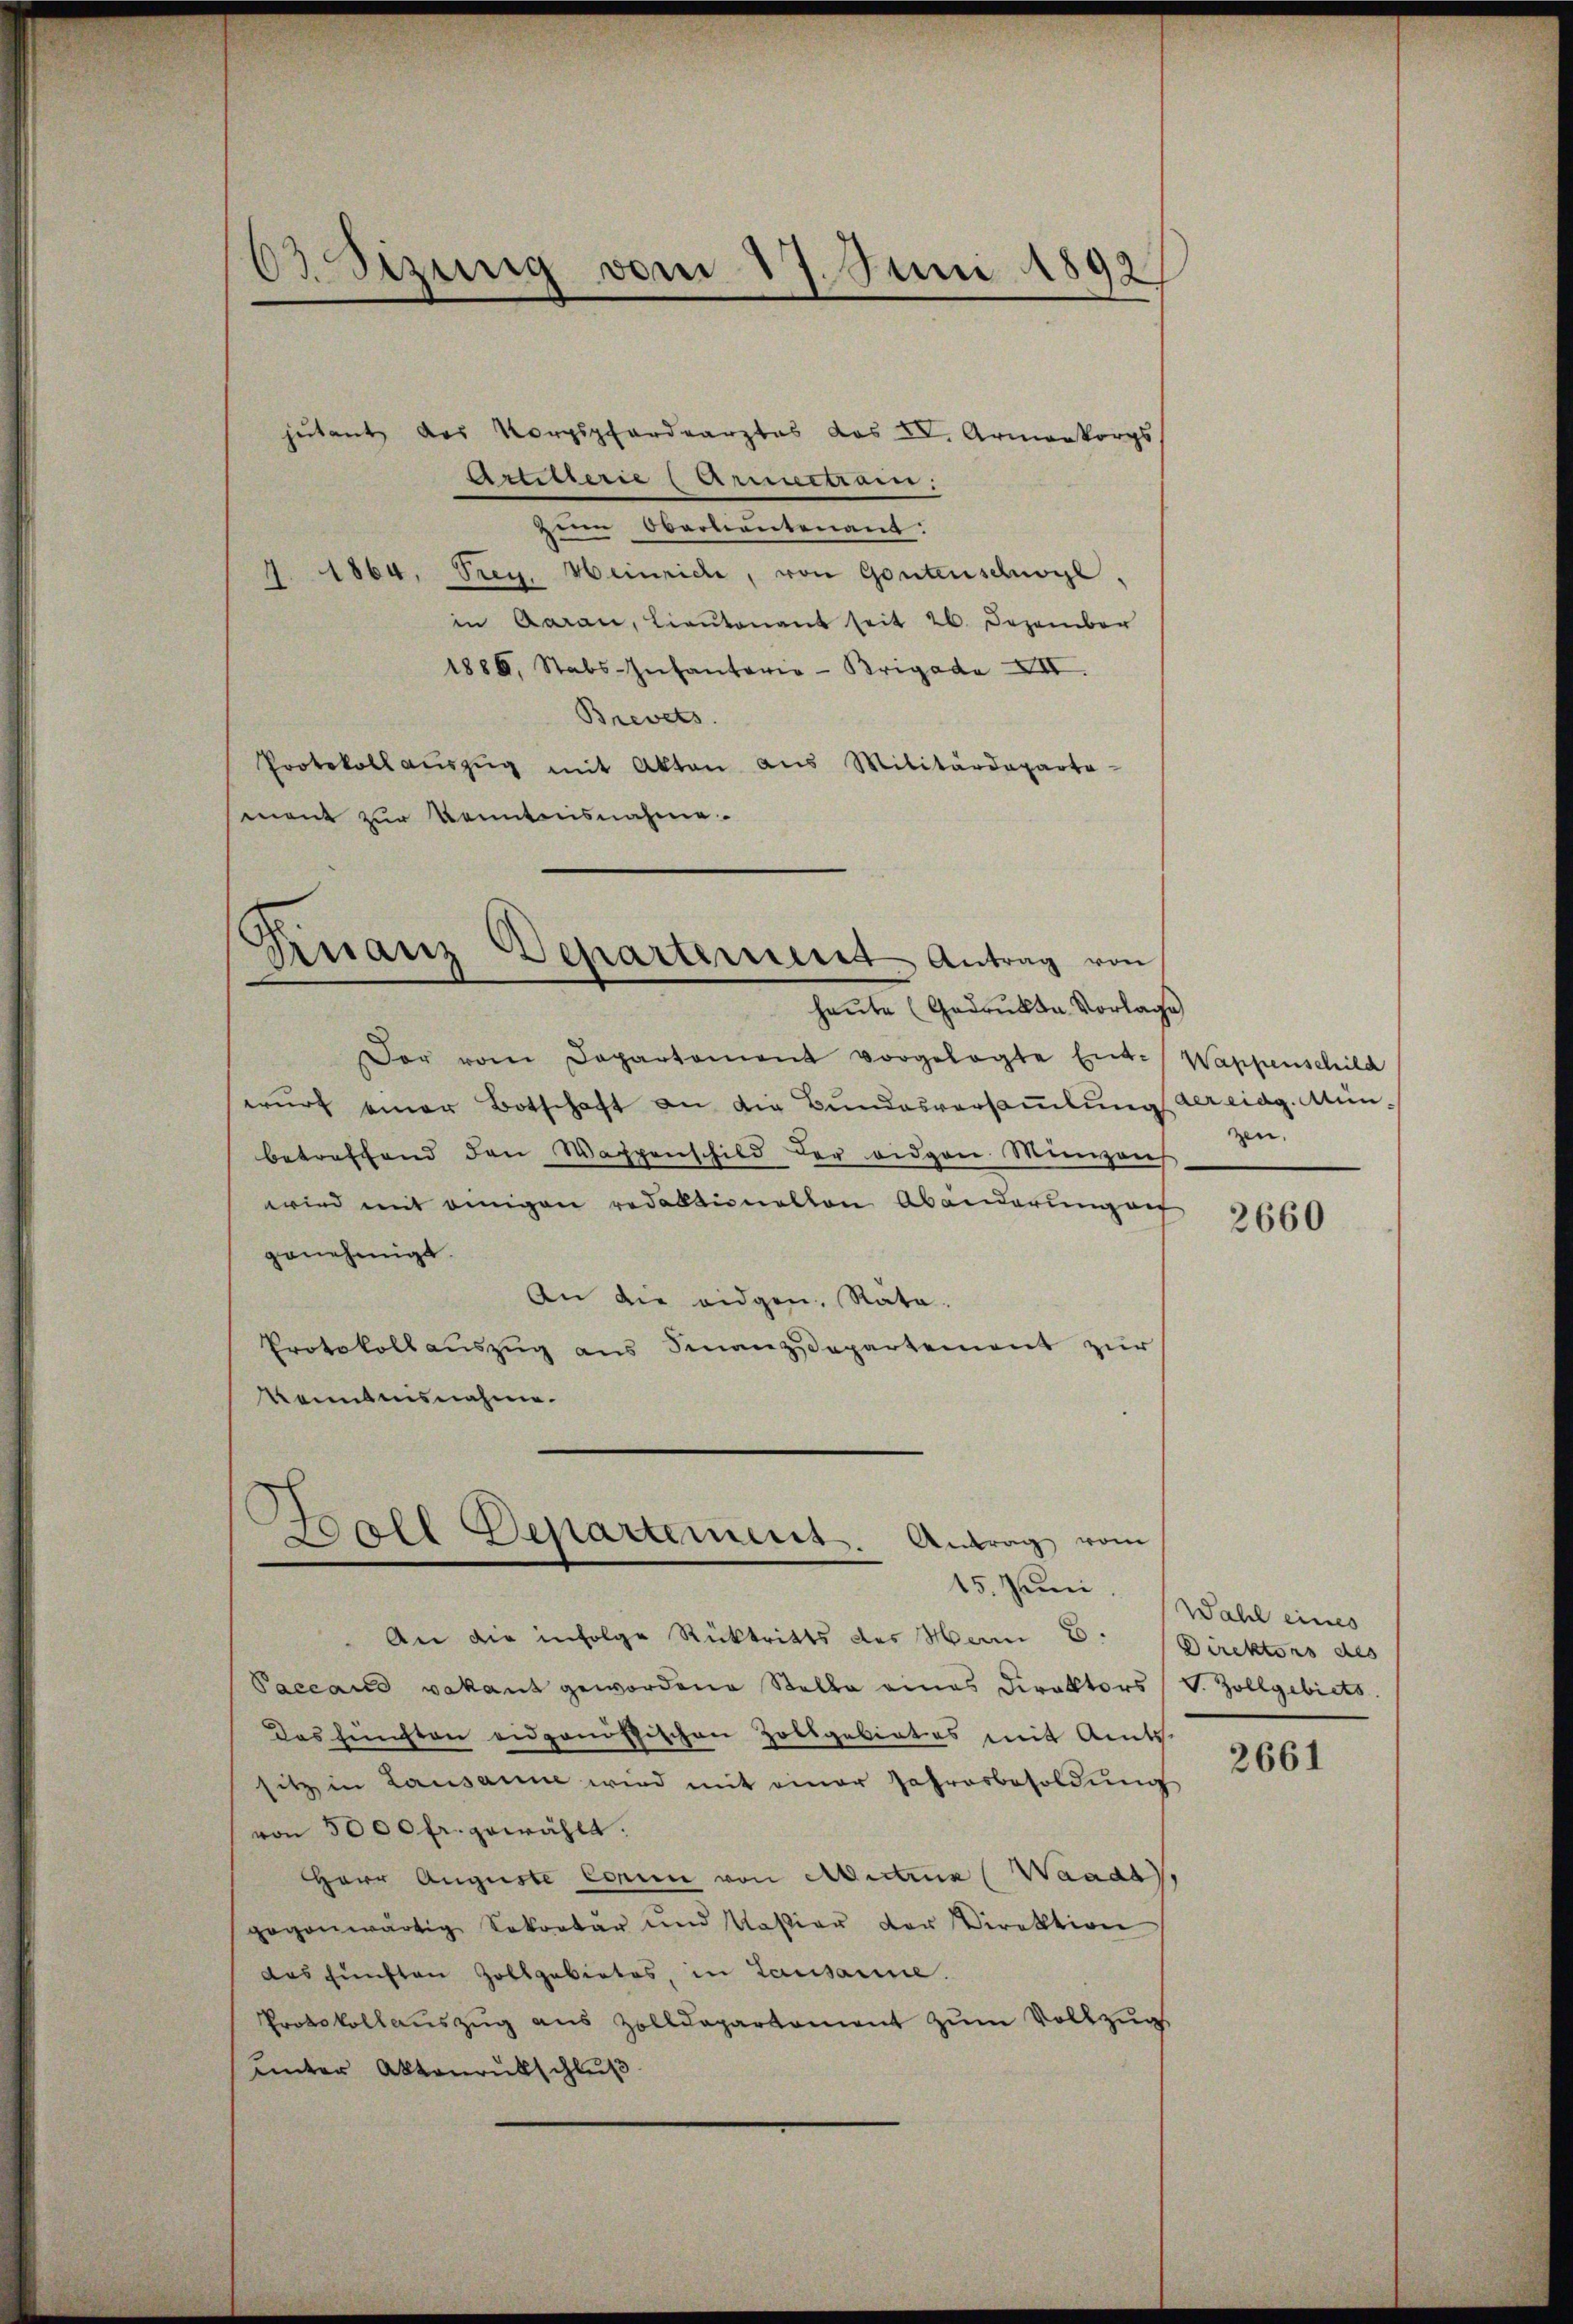
63 Sizung vom 17. Juni 1892

jutant des Korpspfordearztes das IV. Armenkorps
Artillerie (Arnnectai
zum Oberbautenant:
J. 1864, Frey. Heinriche, von Gontenschwyl,
in Garan, Lieutenant seit 26. Dezember
1886, Stabs-Infantaria-Brigade XII.
Brevets.
Protokoll aŭszŭg mit Akten aus Militärdeparta-
ment zur Kenntnisnahme

Finanz Departement Antrag von

Borel Bepartement. Antrag vom

haŭte (Gedrukte Vorlage
Der vom Departement vorgelegte Ent- Wappenschild
wurf einer Botschaft an die Bundesversammlung der eidg. Mün-
betreffend den Wappenschild der eidgen Minian
wird mit einigen redaktionellen Abänderung auf
genehmigt.
An die eidgen. Räte.
Protokollauszug aus Finanzdepartement zur
Kenntensnahme.

An die infolge Rücktritts des Man E.
Paceaus vakant gewordene Stelle eines Direktors
Das fünften eidgenössischen Zollgebietes mit Amts
sitz in Lausanne wird mit einer Jahresbesoldŭng
von 5000 fr. gewählt.
HHerr Auguste Connie von Avertrun (Waadt,
gegenwärtig Sekretär und Vasier der Direktion
das fünften Zollgebietes, in Lausanne.
Protokollauszug aus Zolldepartement zum Vollzugs
Unter Aktenrutschluß

zen.

2660

Wahl eines
Direktors des
V. Zollgebiets

2661